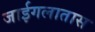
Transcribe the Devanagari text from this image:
जाईगलातास